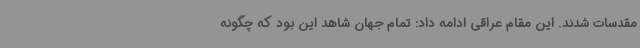
مقدسات شدند. این مقام عراقی ادامه داد: تمام جهان شاهد این بود که چگونه